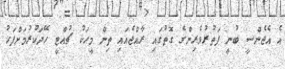
އެ އެޖެންސީ ބުނީ ފަތުރުވެރިންގެ ގޮތުގައި ރާއްޖެއައި ތިންް މީހަކު ޗުއްޓީ ހޭދަކުުރުމަށްފަހު